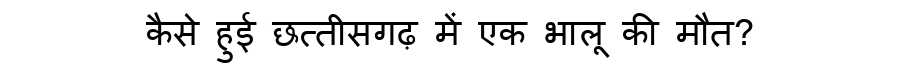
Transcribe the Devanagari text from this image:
कैसे हुई छत्तीसगढ़ में एक भालू की मौत?